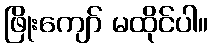
ဖြိုးကျော် မထိုင်ပါ။